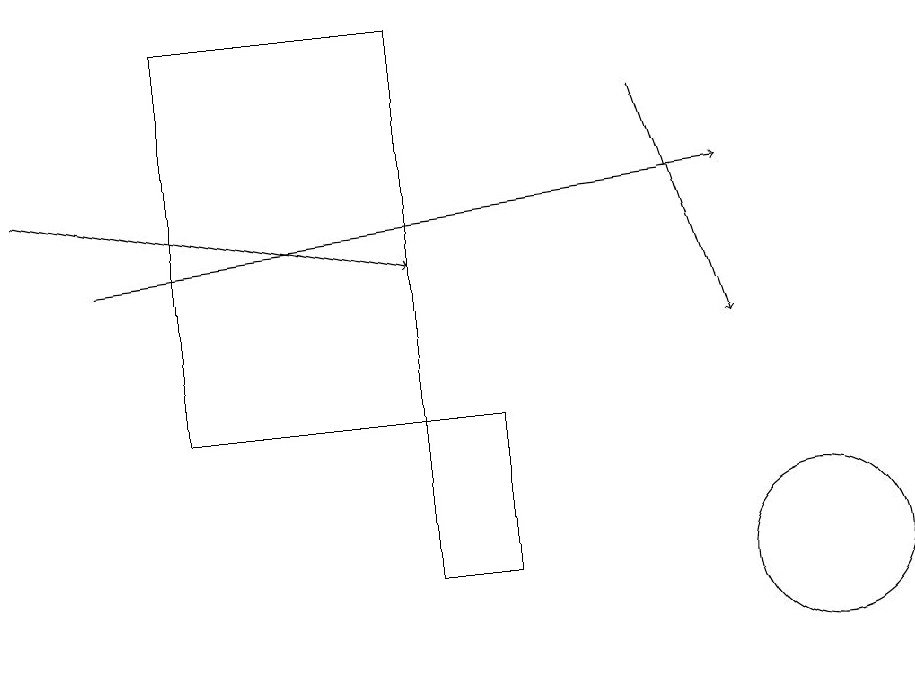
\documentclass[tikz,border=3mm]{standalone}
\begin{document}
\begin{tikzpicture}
\draw[->] (0,16) -- (5,15);
\draw[->] (1,15) -- (9,16);
\draw (10,11) circle (1);
\draw (6,13) rectangle (5,11);
\draw[->] (8,17) -- (9,14);
\draw (5,18) rectangle (2,13);
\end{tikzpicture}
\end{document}